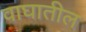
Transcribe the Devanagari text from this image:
वाघातील